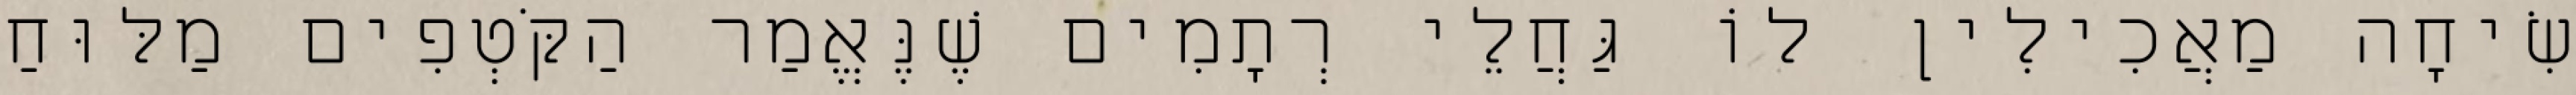
שִׂיחָה מַאֲכִילִין לוֹ גַּחֲלֵי רְתָמִים שֶׁנֶּאֱמַר הַקֹּטְפִים מַלּוּחַ